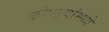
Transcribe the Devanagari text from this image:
कोपऱ्यांमध्ये